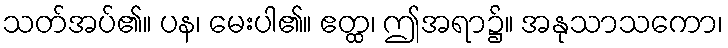
သတ်အပ်၏။ ပန၊ မေးပါ၏။ ဧတ္ထ၊ ဤအရာ၌။ အနုသာသကော၊